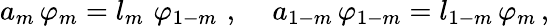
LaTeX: a_{m}\, \varphi_{m}=l_{m}\, \, \varphi_{1-m}\, \, ,\, \, \, \, \, \, \, a_{1-m}\, \varphi_{1-m}=l_{1-m}\, \varphi_{m}\, ,